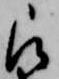
被